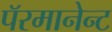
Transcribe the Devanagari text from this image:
पॅरमानेन्ट